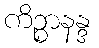
ကိဉ္စာနန္ဒ